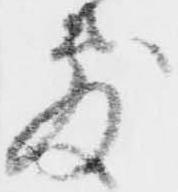
敷